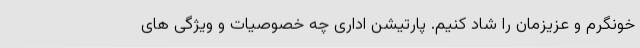
خونگرم و عزیزمان را شاد کنیم. پارتیشن اداری چه خصوصیات و ویژگی های